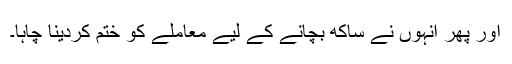
اور پھر انہوں نے ساکھ بچانے کے لیے معاملے کو ختم کردینا چاہا۔